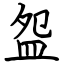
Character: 盌